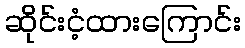
ဆိုင်းငံ့ထားကြောင်း